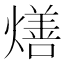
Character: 㷽